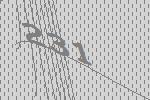
231